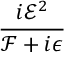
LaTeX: \frac { i { \mathcal { E } } ^ { 2 } } { { \mathcal { F } } + i \epsilon }